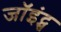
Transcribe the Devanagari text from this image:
जॉइंट्स